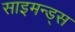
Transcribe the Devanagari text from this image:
साइमन्ड्स